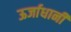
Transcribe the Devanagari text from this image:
ऊर्जाधानी